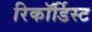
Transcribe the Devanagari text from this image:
रिकॉर्डिस्ट